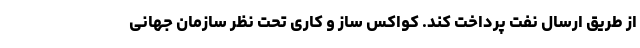
از طریق ارسال نفت پرداخت کند. کواکس ساز و کاری تحت نظر سازمان جهانی